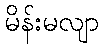
မိန်းမလျာ